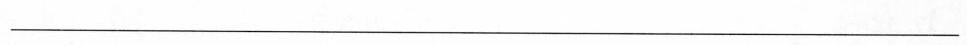
___